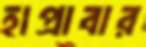
হাপ্‌রাবার